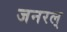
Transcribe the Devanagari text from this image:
जनरल्